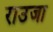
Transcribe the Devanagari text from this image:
राउजा